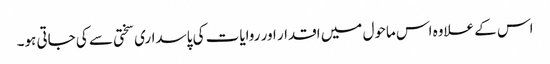
اس کے علاوہ اس ماحول میں اقدار اور روایات کی پاسداری سختی سے کی جاتی ہو۔